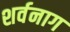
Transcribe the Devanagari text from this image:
शर्वनाग